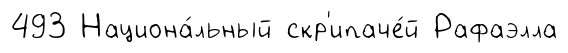
493 Национа́льный скр'ипаче́й Рафаэлла